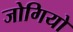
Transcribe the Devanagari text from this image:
जोगियो